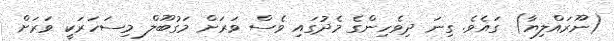
(ނޫރައްލިޔާ) ގައެވެ. ގިނަ ދިވެހިންގެ މެދުގައި ވެސް ވަރަށް މަގުބޫލް މިސަހަރަކީ ވަރަށް